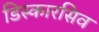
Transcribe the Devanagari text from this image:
डिस्कारसिव